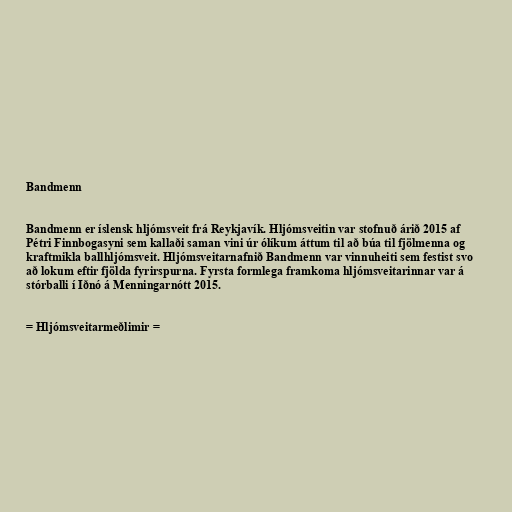
Bandmenn

Bandmenn er íslensk hljómsveit frá Reykjavík. Hljómsveitin var stofnuð árið 2015 af
Pétri Finnbogasyni sem kallaði saman vini úr ólíkum áttum til að búa til fjölmenna og
kraftmikla ballhljómsveit. Hljómsveitarnafnið Bandmenn var vinnuheiti sem festist svo
að lokum eftir fjölda fyrirspurna. Fyrsta formlega framkoma hljómsveitarinnar var á
stórballi í Iðnó á Menningarnótt 2015.

= Hljómsveitarmeðlimir =